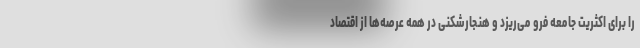
را برای اکثریت جامعه فرو می‌ریزد و هنجارشکنی در همه عرصه‌ها از اقتصاد